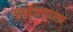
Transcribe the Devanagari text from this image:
नियंत्रणाला